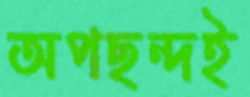
অপছন্দই